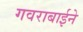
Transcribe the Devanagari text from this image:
गवराबाईने